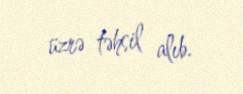
üzrə təhsil alıb.